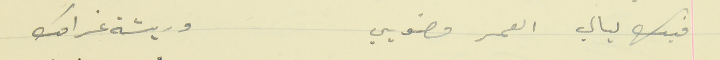
فيك ليالي العمر مضويي                                         وريشة غرامك